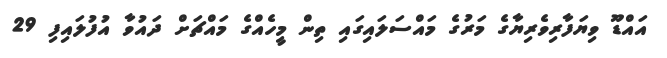
އައްޑޫ ވިޔަފާރިވެރިޔާގެ މަރުގެ މައްސަލައިގައި ތިން މީހެއްގެ މައްޗަށް ދައުވާ އުފުލައިފި 29